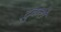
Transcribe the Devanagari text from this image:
टुकरों